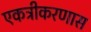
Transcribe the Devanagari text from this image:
एकत्रीकरणास